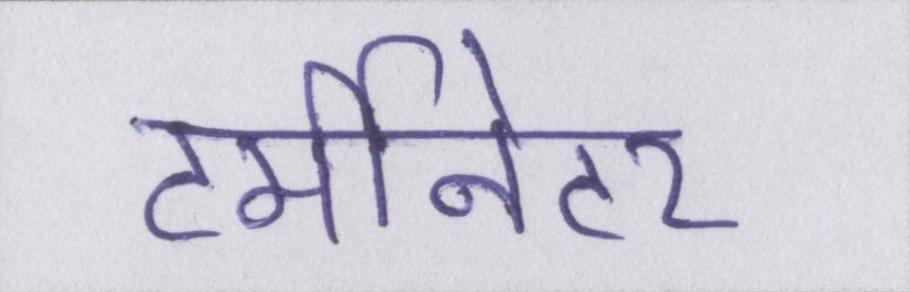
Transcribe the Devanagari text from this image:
टर्मीनेटर